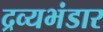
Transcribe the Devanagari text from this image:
द्रव्यभंडार